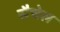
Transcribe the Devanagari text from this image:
सैचेल